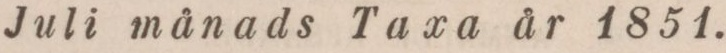
Juli månads Taxa år 1851.